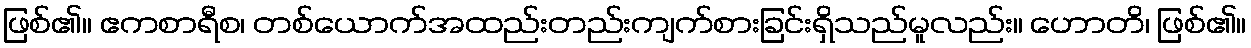
ဖြစ်၏။ ဧကစာရီစ၊ တစ်ယောက်အထည်းတည်းကျက်စားခြင်းရှိသည်မူလည်း။ ဟောတိ၊ ဖြစ်၏။